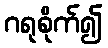
ဂရုစိုက်၍